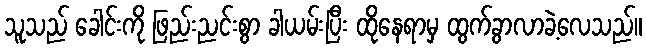
သူသည် ခေါင်းကို ဖြည်းညင်းစွာ ခါယမ်းပြီး ထိုနေရာမှ ထွက်ခွာလာခဲ့လေသည်။